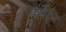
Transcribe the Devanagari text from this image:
विसंधि